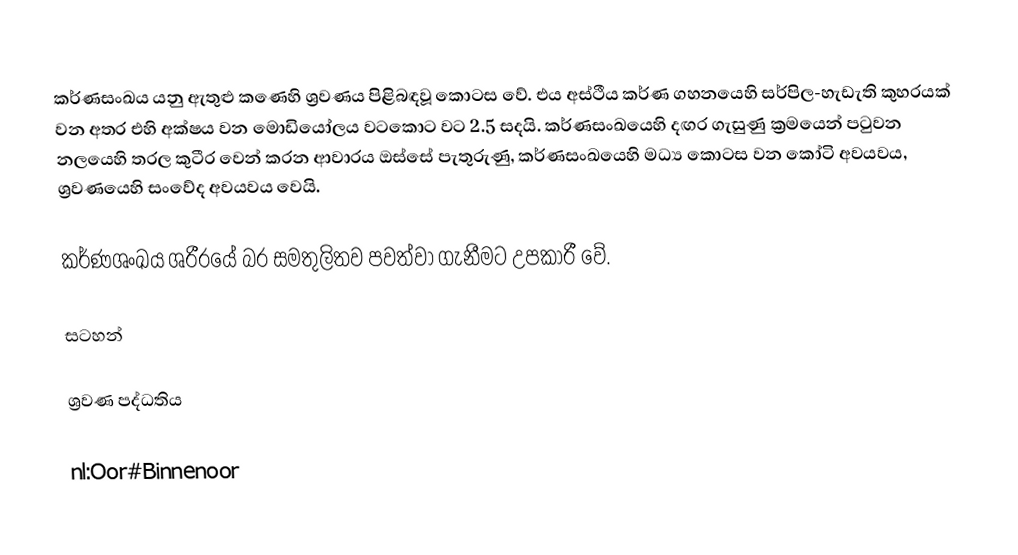
කර්ණසංඛය යනු  ඇතුළු කණෙහි ශ්‍රවණය පිළිබඳවූ කොටස වේ. එය  අස්ථීය කර්ණ ගහනයෙහි සර්පිල-හැඩැති කුහරයක් වන අතර එහි අක්ෂය වන  මොඩියෝලය වටකොට වට  2.5 සදයි. කර්ණසංඛයෙහි දඟර ගැසුණු ක්‍රමයෙන් පටුවන නලයෙහි තරල කුටීර වෙන් කරන ආවාරය ඔස්සේ පැතුරුණු, කර්ණසංඛයෙහි මධ්‍ය කොටස වන කෝටි අවයවය, ශ්‍රවණයෙහි සංවේද අවයවය වෙයි.

කර්ණශංඛය ශරීරයේ බර සමතුලිතව පවත්වා ගැනීමට උපකාරී වේ.

සටහන්

ශ්‍රවණ පද්ධතිය

nl:Oor#Binnenoor